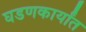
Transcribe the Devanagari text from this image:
घडणकार्यांत